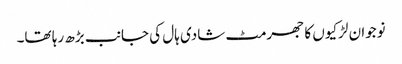
نوجوان لڑکیوں کا جھرمٹ شادی ہال کی جانب بڑھ رہا تھا۔